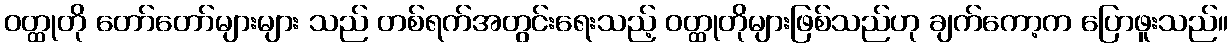
ဝတ္ထုတို တော်တော်များများ သည် တစ်ရက်အတွင်းရေးသည့် ဝတ္ထုတိုများဖြစ်သည်ဟု ချက်ကော့က ပြောဖူးသည်။